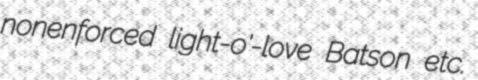
nonenforced light-o'-love Batson etc.